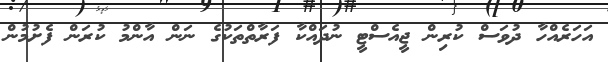
އަހަރެއްހާ ދުވަސް ކުރިން ޖީއެސްޓީ ނުދައްކާ ފަރާތްތަކުގެ ނަން އާންމު ކުރަން ފެށުމުން